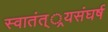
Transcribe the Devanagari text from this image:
स्वातंत््रयसंघर्ष